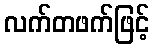
လက်တဖက်ဖြင့်